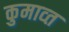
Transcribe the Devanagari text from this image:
कुमाव्त